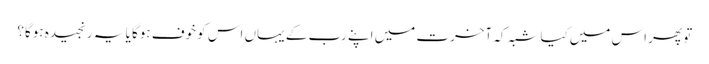
تو پھر اس میں‌کیا شبہ کہ آخرت میں اپنے رب کے یہاں اس کو خوف ہوگا یا یہ رنجیدہ ہوگا؟